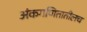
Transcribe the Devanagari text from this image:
अंकगणितातीलच